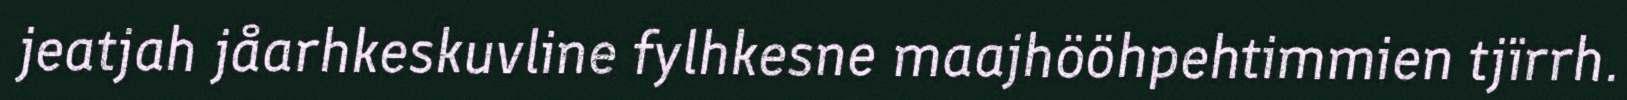
jeatjah jåarhkeskuvline fylhkesne maajhööhpehtimmien tjïrrh.